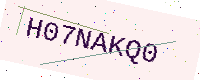
Text: H07NAKQ0